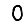
Digit: 0